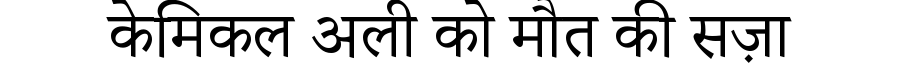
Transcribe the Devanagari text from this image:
केमिकल अली को मौत की सज़ा